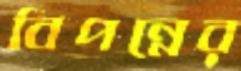
বিপন্নের